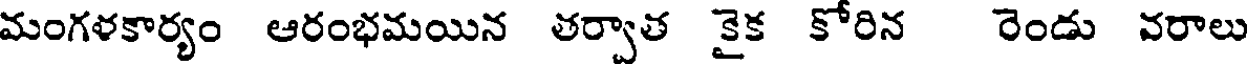
మంగళకార్యం ఆరంభమయిన తర్వాత కైక కోరిన రెండు వరాలు